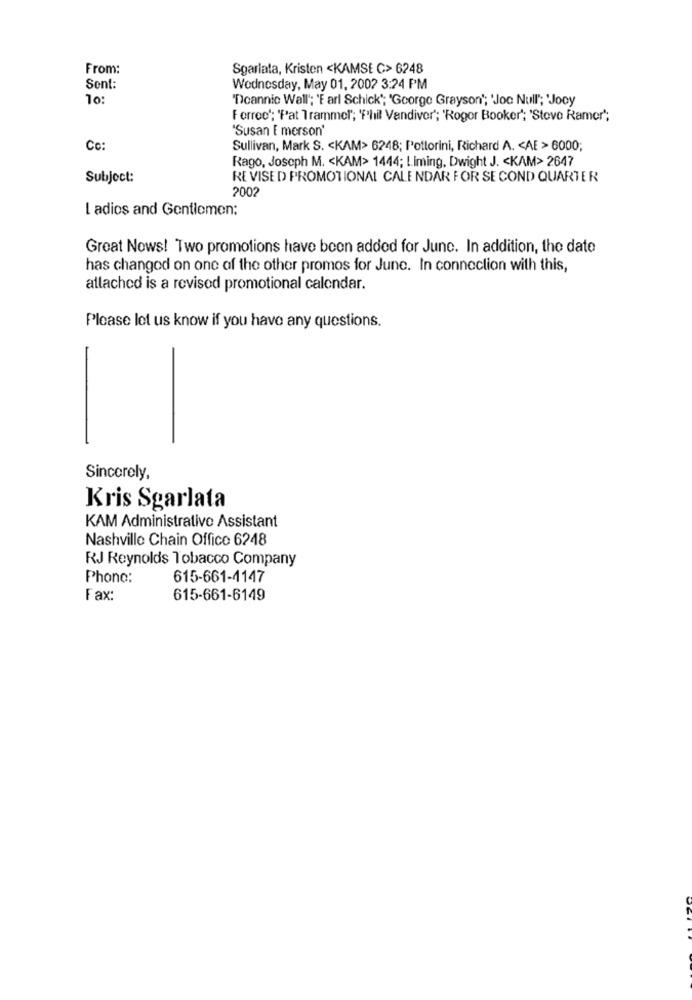
From:
Sgarlata, Kristen <KAMSE C> 6248
Sont:
Wednesday, May 01, 2002 3:24 PM
10:
"Dcannic Wall'; 'F arl Schick"; "George Grayson'; 'Joc Null"; 'Jony
Forroe'; 'Pat Trammer"; 'Phil Vandiver"; 'Rogor Booker"; 'Stove Ramer";
"Susan [ merson'
Co:
Sullivan, Mark S. < KAM> 6248; Pottorini, Richard A. < AE > 6000;
Rago, Joseph M. < KAM> 1444; Liming, Dwight J. < KAM> 2647
Subject:
REVISED PROMOTIONAL CALENDAR FOR SECOND QUARTER
2002
I adios and Gentlemen:
Great Nows! Two promotions have been added for June. In addition, the date
has changed on one of the other promos for June. In connection with this,
allached is a revised promotional calendar.
Please let us know if you have any questions.
Sincerely,
Kris Sgarlata
KAM Administrative Assistant
Nashville Chain Office 6248
RJ Reynolds Tobacco Company
Phone:
615-661-4147
Fax:
615-661-6149